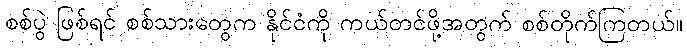
စစ်ပွဲ ဖြစ်ရင် စစ်သားတွေက နိုင်ငံကို ကယ်တင်ဖို့အတွက် စစ်တိုက်ကြတယ်။